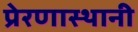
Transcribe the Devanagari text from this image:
प्रेरणास्थानी